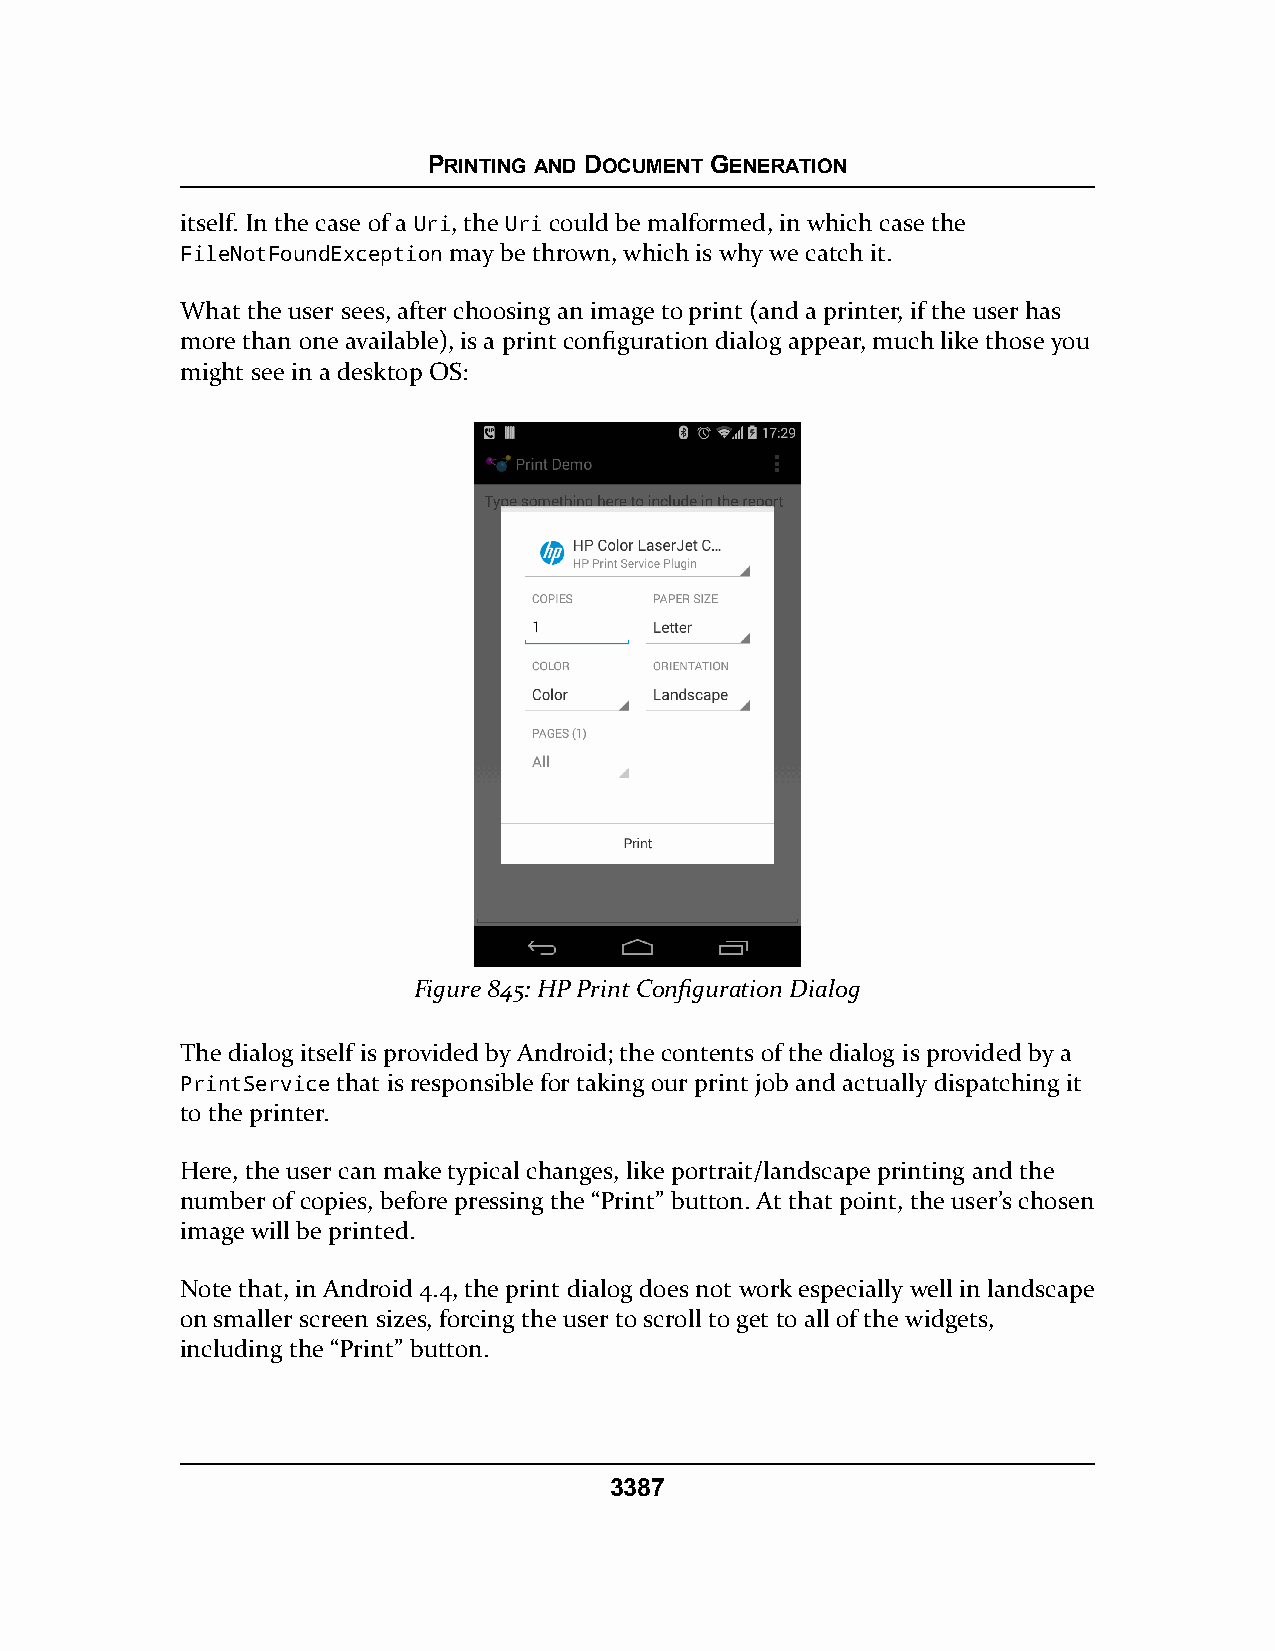
PRINTING AND DOCUMENT GENERATION
 itself. In the case of a Uri, the Uri could be malformed, in which case the
 FileNotFoundException may be thrown, which is why we catch it.
 What the user sees, after choosing an image to print (and a printer, if the user has
 more than one available), is a print configuration dialog appear, much like those you
 might see in a desktop OS:
 Figure 845: HP Print Configuration Dialog
 The dialog itself is provided by Android; the contents of the dialog is provided by a
 PrintService that is responsible for taking our print job and actually dispatching it
 to the printer.
 Here, the user can make typical changes, like portrait/landscape printing and the
 number of copies, before pressing the “Print” button. At that point, the user’s chosen
 image will be printed.
 Note that, in Android 4.4, the print dialog does not work especially well in landscape
 on smaller screen sizes, forcing the user to scroll to get to all of the widgets,
 including the “Print” button.
 3387